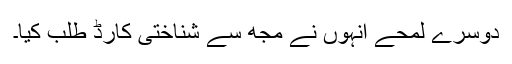
دوسرے لمحے انہوں نے مجھ سے شناختی کارڈ طلب کیا۔